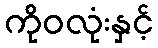
ကိုဝလုံးနှင့်